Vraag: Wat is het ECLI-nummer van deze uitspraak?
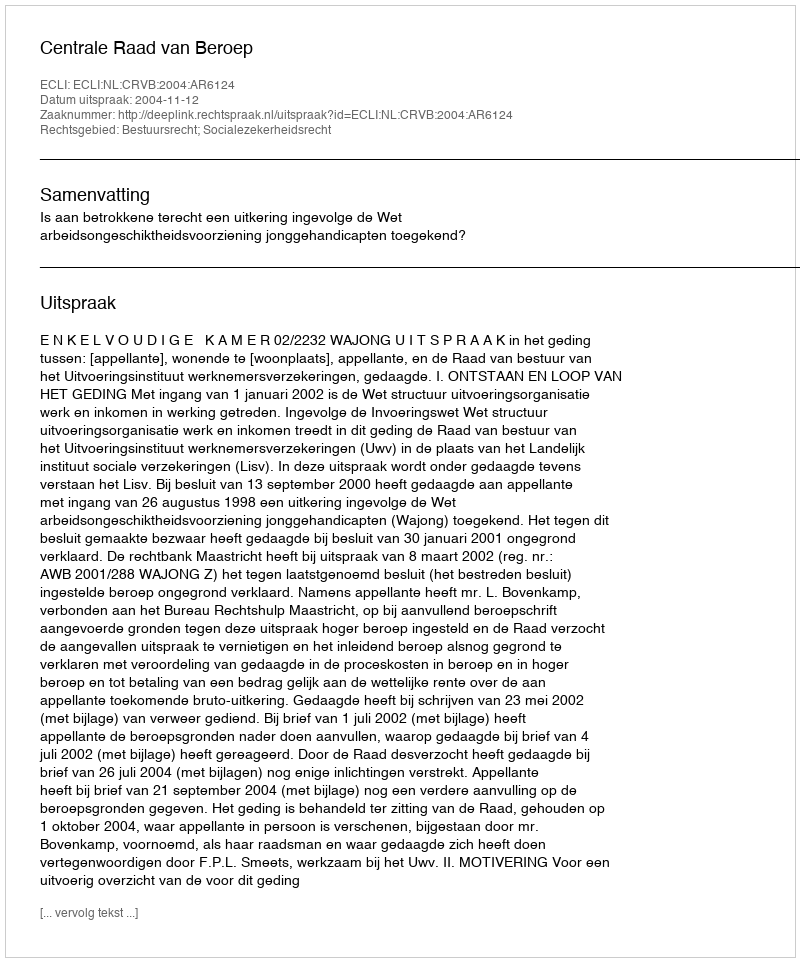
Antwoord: ECLI:NL:CRVB:2004:AR6124